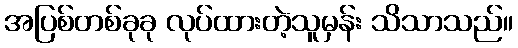
အပြစ်တစ်ခုခု လုပ်ထားတဲ့သူမှန်း သိသာသည်။